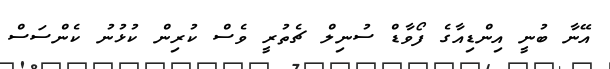
އޭނާ ބުނީ އިންޑިއާގެ ފޯވާޑް ސުނިލް ޗެތުރީ ވެސް ކުރިން ކުޅުނު ކެންސަސް